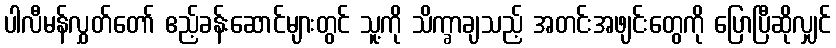
ပါလီမန်လွှတ်တော် ဧည့်ခန်းဆောင်များတွင် သူ့ကို သိက္ခာချသည့် အတင်းအဖျင်းတွေကို ပြောပြီဆိုလျှင်